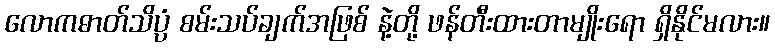
လောကဓာတ်သိပ္ပံ စမ်းသပ်ချက်အဖြစ် နဲ့တို့ ဖန်တီးထားတာမျိုးရော ရှိနိုင်မလား။